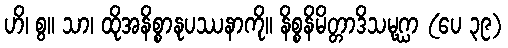
ဟိ၊ စွ။ သာ၊ ထိုအနိစ္စာနုပဿနာကို။ နိစ္စနိမိတ္တာဒိသမုဂ္ဃာ (ပေ ၃၉)